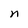
Character: n